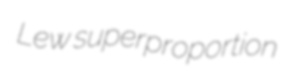
Lew superproportion